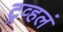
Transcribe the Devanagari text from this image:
ट्रव्हलं